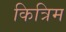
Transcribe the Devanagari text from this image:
कित्रिम